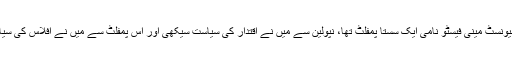
دوسرا تحفہ کمیونسٹ مینی فیسٹو نامی ایک سستا پمفلٹ تھا، نپولین سے میں نے اقتدار کی سیاست سیکھی اور اس پمفلٹ سے میں نے افلاس کی سیاست سمجھی‘‘۔